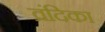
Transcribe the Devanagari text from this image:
व्रंदिका